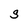
Character: s